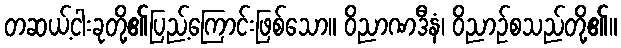
တဆယ့်ငါးခုတို့၏ပြည့်ကြောင်းဖြစ်သော။ ဝိညာဏဒီနံ၊ ဝိညာဉ်စသည်တို့၏။